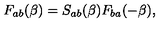
F _ { a b } ( \beta ) = S _ { a b } ( \beta ) F _ { b a } ( - \beta ) ,